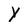
Character: Y